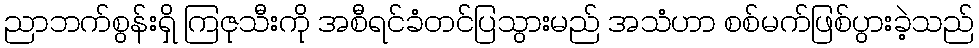
ညာဘက်စွန်းရှိ ကြဇုသီးကို အစီရင်ခံတင်ပြသွားမည် အသံဟာ စစ်မက်ဖြစ်ပွားခဲ့သည်